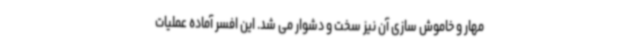
مهار و خاموش سازی آن نیز سخت و دشوار می شد. این افسر آماده عملیات